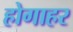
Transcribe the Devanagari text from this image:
होगाहर